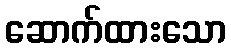
ဆောက်ထားသော